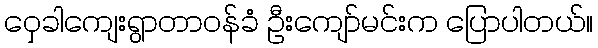
ဝှေခါကျေးရွာတာဝန်ခံ ဦးကျော်မင်းက ပြောပါတယ်။